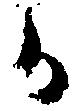
而